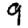
Digit: 9